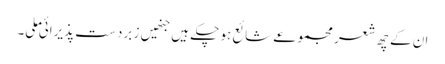
ان کے چھ شعر مجموعے شائع ہو چکے ہیں جنھیں ز برد ست پذیرائی ملی۔